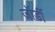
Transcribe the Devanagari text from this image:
जॉर्डी